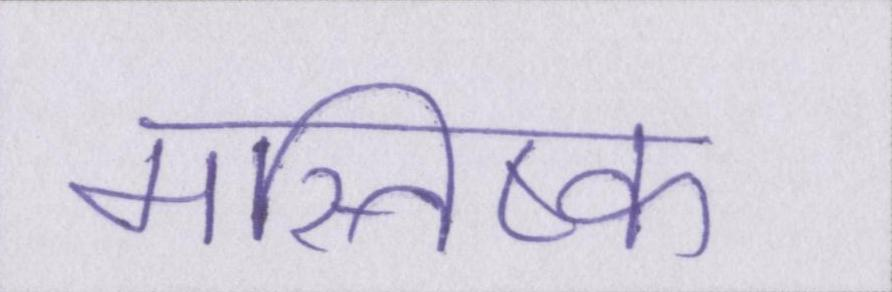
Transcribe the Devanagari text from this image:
मस्तिष्क